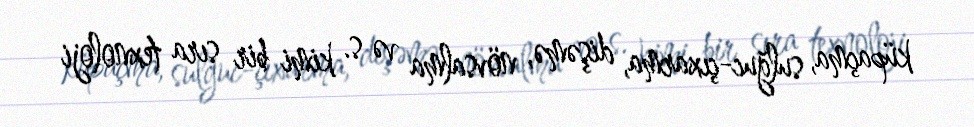
küpaçma, sulğuc-çıxarma, dişəmə, növsalma və s. kimi bir sıra texnoloji